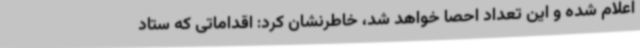
اعلام شده و این تعداد احصا خواهد شد، خاطرنشان کرد: اقداماتی که ستاد